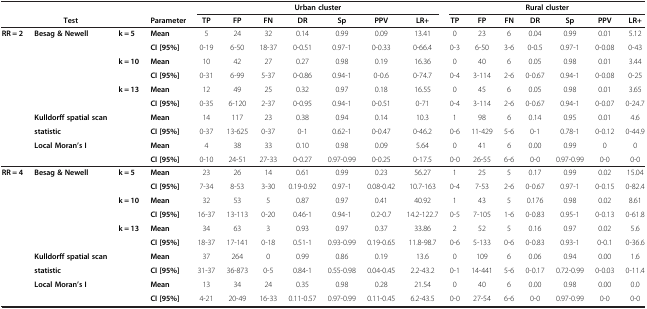
<table><thead><tr><td><b> </b></td><td><b> </b></td><td><b> </b></td><td><b> </b></td><td colspan="7"><b>Urban cluster</b></td><td colspan="7"><b>Rural cluster</b></td></tr><tr><td><b> </b></td><td><b>Test</b></td><td><b> </b></td><td><b>Parameter</b></td><td><b>TP</b></td><td><b>FP</b></td><td><b>FN</b></td><td><b>DR</b></td><td><b>Sp</b></td><td><b>PPV</b></td><td><b>LR+</b></td><td><b>TP</b></td><td><b>FP</b></td><td><b>FN</b></td><td><b>DR</b></td><td><b>Sp</b></td><td><b>PPV</b></td><td><b>LR+</b></td></tr></thead><tbody><tr><td rowspan="9"><b>RR = 2</b></td><td><b>Besag &amp; Newell</b></td><td><b>k = 5</b></td><td><b>Mean</b></td><td>5</td><td>24</td><td>32</td><td>0.14</td><td>0.99</td><td>0.09</td><td>13.41</td><td>0</td><td>23</td><td>6</td><td>0.04</td><td>0.99</td><td>0.01</td><td>5.12</td></tr><tr><td> </td><td> </td><td><b>CI [95%]</b></td><td>0-19</td><td>6-50</td><td>18-37</td><td>0-0.51</td><td>0.97-1</td><td>0-0.33</td><td>0-66.4</td><td>0-3</td><td>6-50</td><td>3-6</td><td>0-0.5</td><td>0.97-1</td><td>0-0.08</td><td>0-43</td></tr><tr><td> </td><td><b>k = 10</b></td><td><b>Mean</b></td><td>10</td><td>42</td><td>27</td><td>0.27</td><td>0.98</td><td>0.19</td><td>16.36</td><td>0</td><td>40</td><td>6</td><td>0.05</td><td>0.98</td><td>0.01</td><td>3.44</td></tr><tr><td> </td><td> </td><td><b>CI [95%]</b></td><td>0-31</td><td>6-99</td><td>5-37</td><td>0-0.86</td><td>0.94-1</td><td>0-0.6</td><td>0-74.7</td><td>0-4</td><td>3-114</td><td>2-6</td><td>0-0.67</td><td>0.94-1</td><td>0-0.08</td><td>0-25</td></tr><tr><td> </td><td><b>k = 13</b></td><td><b>Mean</b></td><td>12</td><td>49</td><td>25</td><td>0.32</td><td>0.97</td><td>0.18</td><td>16.55</td><td>0</td><td>45</td><td>6</td><td>0.05</td><td>0.98</td><td>0.01</td><td>3.65</td></tr><tr><td> </td><td> </td><td><b>CI [95%]</b></td><td>0-35</td><td>6-120</td><td>2-37</td><td>0-0.95</td><td>0.94-1</td><td>0-0.51</td><td>0-71</td><td>0-4</td><td>3-114</td><td>2-6</td><td>0-0.67</td><td>0.94-1</td><td>0-0.07</td><td>0-24.7</td></tr><tr><td><b>Kulldorff spatial scan</b></td><td> </td><td><b>Mean</b></td><td>14</td><td>117</td><td>23</td><td>0.38</td><td>0.94</td><td>0.14</td><td>10.3</td><td>1</td><td>98</td><td>6</td><td>0.14</td><td>0.95</td><td>0.01</td><td>4.6</td></tr><tr><td><b>statistic</b></td><td> </td><td><b>CI [95%]</b></td><td>0-37</td><td>13-625</td><td>0-37</td><td>0-1</td><td>0.62-1</td><td>0-0.47</td><td>0-46.2</td><td>0-6</td><td>11-429</td><td>5-6</td><td>0-1</td><td>0.78-1</td><td>0-0.12</td><td>0-44.9</td></tr><tr><td><b>Local Moran’s I</b></td><td> </td><td><b>Mean</b></td><td>4</td><td>38</td><td>33</td><td>0.10</td><td>0.98</td><td>0.09</td><td>5.64</td><td>0</td><td>41</td><td>6</td><td>0.00</td><td>0.99</td><td>0</td><td>0</td></tr><tr><td> </td><td> </td><td> </td><td><b>CI [95%]</b></td><td>0-10</td><td>24-51</td><td>27-33</td><td>0-0.27</td><td>0.97-0.99</td><td>0-0.25</td><td>0-17.5</td><td>0-0</td><td>26-55</td><td>6-6</td><td>0-0</td><td>0.97-0.99</td><td>0-0</td><td>0-0</td></tr><tr><td rowspan="9"><b>RR = 4</b></td><td><b>Besag &amp; Newell</b></td><td><b>k = 5</b></td><td><b>Mean</b></td><td>23</td><td>26</td><td>14</td><td>0.61</td><td>0.99</td><td>0.23</td><td>56.27</td><td>1</td><td>25</td><td>5</td><td>0.17</td><td>0.99</td><td>0.02</td><td>15.04</td></tr><tr><td> </td><td> </td><td><b>CI [95%]</b></td><td>7-34</td><td>8-53</td><td>3-30</td><td>0.19-0.92</td><td>0.97-1</td><td>0.08-0.42</td><td>10.7-163</td><td>0-4</td><td>7-53</td><td>2-6</td><td>0-0.67</td><td>0.97-1</td><td>0-0.15</td><td>0-82.4</td></tr><tr><td> </td><td><b>k = 10</b></td><td><b>Mean</b></td><td>32</td><td>53</td><td>5</td><td>0.87</td><td>0.97</td><td>0.41</td><td>40.92</td><td>1</td><td>43</td><td>5</td><td>0.176</td><td>0.98</td><td>0.02</td><td>8.61</td></tr><tr><td> </td><td> </td><td><b>CI [95%]</b></td><td>16-37</td><td>13-113</td><td>0-20</td><td>0.46-1</td><td>0.94-1</td><td>0.2-0.7</td><td>14.2-122.7</td><td>0-5</td><td>7-105</td><td>1-6</td><td>0-0.83</td><td>0.95-1</td><td>0-0.13</td><td>0-61.8</td></tr><tr><td> </td><td><b>k = 13</b></td><td><b>Mean</b></td><td>34</td><td>63</td><td>3</td><td>0.93</td><td>0.97</td><td>0.37</td><td>33.86</td><td>2</td><td>52</td><td>5</td><td>0.16</td><td>0.97</td><td>0.02</td><td>5.6</td></tr><tr><td> </td><td> </td><td><b>CI [95%]</b></td><td>18-37</td><td>17-141</td><td>0-18</td><td>0.51-1</td><td>0.93-0.99</td><td>0.19-0.65</td><td>11.8-98.7</td><td>0-6</td><td>5-133</td><td>0-6</td><td>0-0.83</td><td>0.93-1</td><td>0-0.1</td><td>0-36.6</td></tr><tr><td><b>Kulldorff spatial scan</b></td><td> </td><td><b>Mean</b></td><td>37</td><td>264</td><td>0</td><td>0.99</td><td>0.86</td><td>0.19</td><td>13.6</td><td>0</td><td>109</td><td>6</td><td>0.06</td><td>0.94</td><td>0.00</td><td>1.6</td></tr><tr><td><b>statistic</b></td><td> </td><td><b>CI [95%]</b></td><td>31-37</td><td>36-873</td><td>0-5</td><td>0.84-1</td><td>0.55-0.98</td><td>0.04-0.45</td><td>2.2-43.2</td><td>0-1</td><td>14-441</td><td>5-6</td><td>0-0.17</td><td>0.72-0.99</td><td>0-0.03</td><td>0-11.4</td></tr><tr><td><b>Local Moran’s I</b></td><td> </td><td><b>Mean</b></td><td>13</td><td>34</td><td>24</td><td>0.35</td><td>0.98</td><td>0.28</td><td>21.54</td><td>0</td><td>40</td><td>6</td><td>0.00</td><td>0.98</td><td>0.00</td><td>0.0</td></tr><tr><td> </td><td> </td><td> </td><td><b>CI [95%]</b></td><td>4-21</td><td>20-49</td><td>16-33</td><td>0.11-0.57</td><td>0.97-0.99</td><td>0.11-0.45</td><td>6.2-43.5</td><td>0-0</td><td>27-54</td><td>6-6</td><td>0-0</td><td>0.97-0.99</td><td>0-0</td><td>0-0</td></tr></tbody></table>